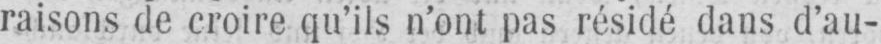
raisons de croire qu’ils n’ont pas résidé dans d’au-